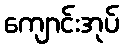
ကျောင်းအုပ်